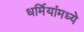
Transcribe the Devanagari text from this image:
धर्मियांमध्ये